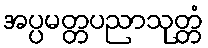
အပ္ပမတ္တပညာသုတ္တံ